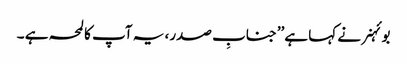
بوئہنر نے کہا ہے’’جنابِ صدر، یہ آپ کا لمحہ ہے ۔